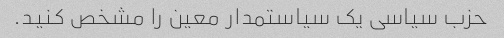
حزب سیاسی یک سیاستمدار معین را مشخص کنید.